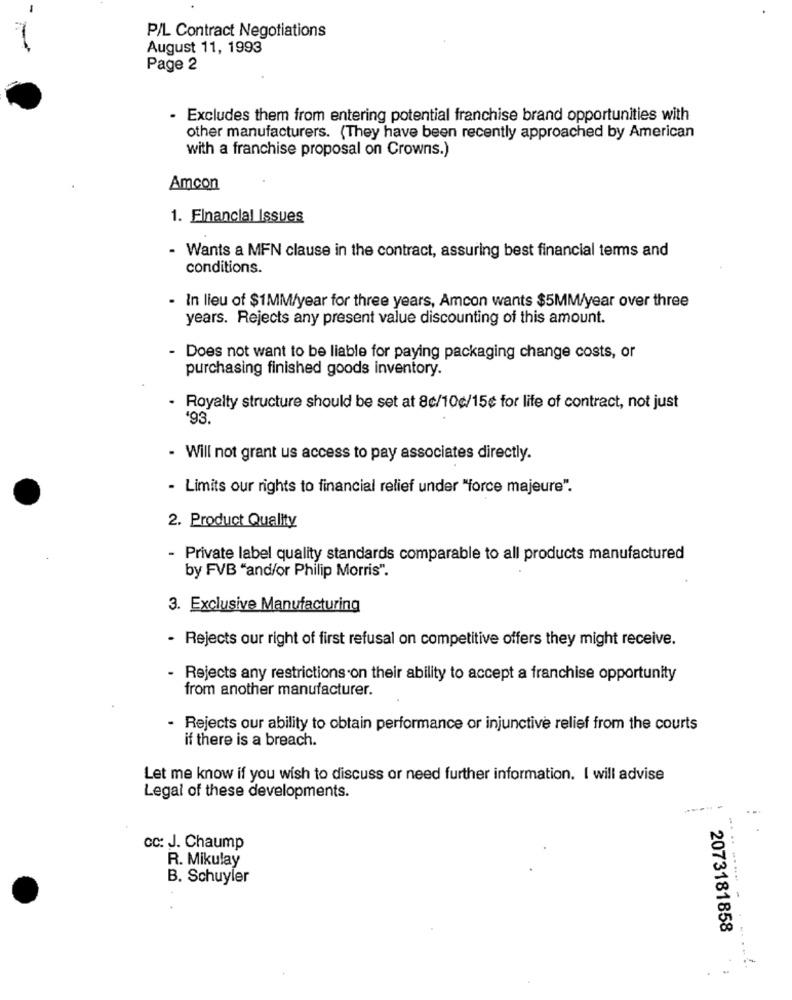
-
P/L Contract Negotiations
-
August 11, 1993
Page 2
- Excludes them from entering potential franchise brand opportunities with
other manufacturers. (They have been recently approached by American
with a franchise proposal on Crowns.)
Amcon
1. Financial Issues
- Wants a MFN clause in the contract, assuring best financial terms and
conditions.
- In lieu of $1MM/year for three years, Amcon wants $5MM/year over three
years. Rejects any present value discounting of this amount.
- Does not want to be liable for paying packaging change costs, or
purchasing finished goods inventory.
- Royalty structure should be set at 8c/10c/15¢ for life of contract, not just
'93.
- Will not grant us access to pay associates directly.
- Limits our rights to financial relief under "force majeure".
2. Product Quality
- Private label quality standards comparable to all products manufactured
by FVB "and/or Philip Morris".
3. Exclusive Manufacturing
- Rejects our right of first refusal on competitive offers they might receive.
- Rejects any restrictions on their ability to accept a franchise opportunity
from another manufacturer.
- Rejects our ability to obtain performance or injunctive relief from the courts
if there is a breach.
Let me know if you wish to discuss or need further information. I will advise
Legal of these developments.
cc: J. Chaump
R. Mikulay
B. Schuyler
2073181858
.